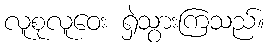
လူစုလူဝေး ရှဲသွားကြသည်။